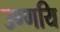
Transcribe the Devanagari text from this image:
उण्णयि